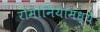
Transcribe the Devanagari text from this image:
रोमानियामध्ये